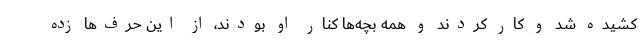
کشیده شد و کار کردند و همه بچه‌ها کنار او بودند، از این حرف‌ها زده